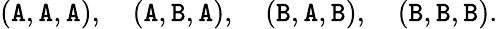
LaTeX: (\mathtt{A},\mathtt{A},\mathtt{A}),\quad(\mathtt{A},\mathtt{B},\mathtt{A}),\quad(\mathtt{B},\mathtt{A},\mathtt{B}),\quad(\mathtt{B},\mathtt{B},\mathtt{B}).